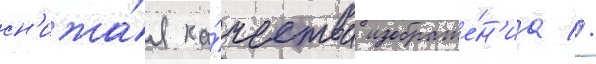
сн'ижа́я ка́чества изображе́н'иа //